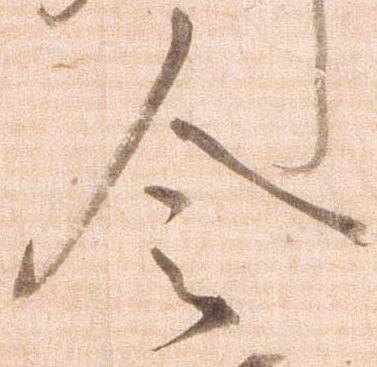
令